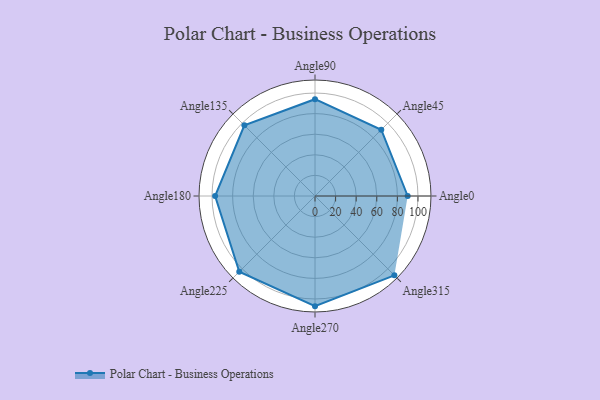
{"axis": {"x": "Angle", "y": "Radius"}, "legend": [""], "data": [{"x": "Angle0", "y": 90.0, "type": ""}, {"x": "Angle45", "y": 91.0, "type": ""}, {"x": "Angle90", "y": 94.0, "type": ""}, {"x": "Angle135", "y": 97.0, "type": ""}, {"x": "Angle180", "y": 97.0, "type": ""}, {"x": "Angle225", "y": 104.0, "type": ""}, {"x": "Angle270", "y": 107.0, "type": ""}, {"x": "Angle315", "y": 109.0, "type": ""}]}